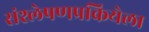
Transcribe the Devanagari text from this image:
संश्लेषणप्रकियेला